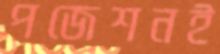
পজেশনই